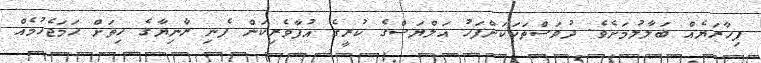
ފިހާރަޔެއް ބަލާލުމަށެވެ. ދުވަސްތަކަކަށްފަހު އަލްޔަސްގެ ކުރީގެ އުފާވެރިކަން ފެނި ރާނިޔާގެ ހިތަށް ހަމަޖެހުމެއް